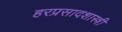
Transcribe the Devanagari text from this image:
हरप्रसादशास्त्री